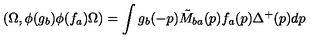
( \Omega , \phi ( g _ { b } ) \phi ( f _ { a } ) \Omega ) = \int g _ { b } ( - p ) \tilde { M } _ { b a } ( p ) f _ { a } ( p ) \Delta ^ { + } ( p ) d p